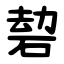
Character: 䂲